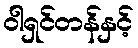
ဝါရှင်တန်နှင့်